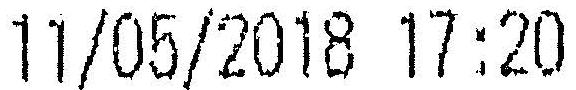
11/05/2018 17:20